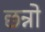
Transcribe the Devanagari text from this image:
छन्नो